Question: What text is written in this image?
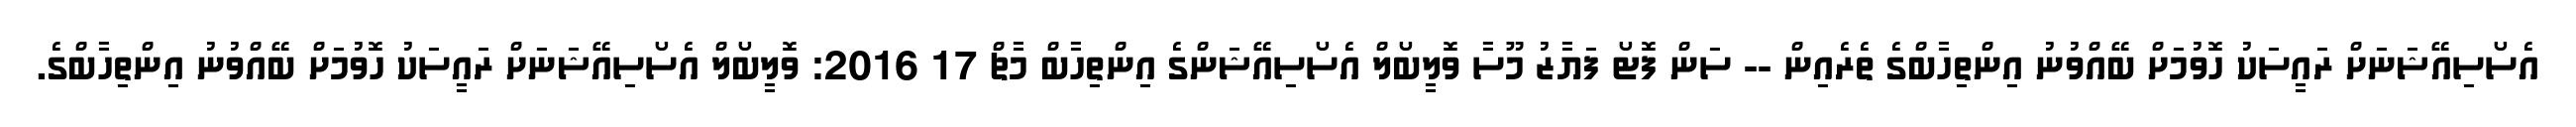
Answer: އެސޯސިއޭޝަނަށް ރައީސަކު ހޮވުމަށް ބޭއްވުނު އިންތިހާބްގެ ތެރެއިން -- ސަން ފޮޓޯ ފަޔާޒު މޫސާ ވޮލީބޯލް އެސޯސިއޭޝަންގެ އިންތިހާބް މާޗް 17 2016: ވޮލީބޯލް އެސޯސިއޭޝަނަށް ރައީސަކު ހޮވުމަށް ބޭއްވުނު އިންތިހާބްގެ.